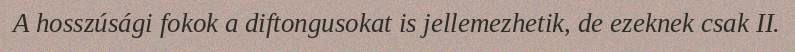
A hosszúsági fokok a diftongusokat is jellemezhetik, de ezeknek csak II.